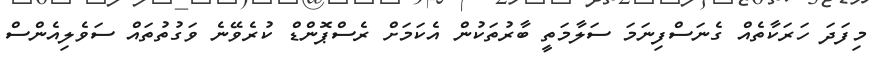
މިފަދަ ހަރަކާތެއް ގެނަސްފިނަމަ ސަލާމަތީ ބާރުތަކުން އެކަމަށް ރެސްޕޮންޑް ކުރެވޭނެ ވަގުތުތައް ސަވެލިއެންސް